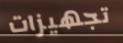
تجهيزات